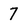
Character: 7